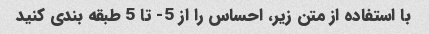
با استفاده از متن زیر، احساس را از 5- تا 5 طبقه بندی کنید